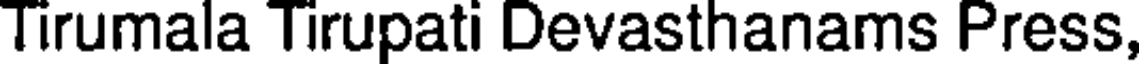
Tirumala Tirupati Devasthanams Press,